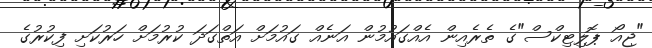
"ޖިއޯ ޕޮލިޓިކްސް"ގެ ތެރެއިން އެއްގައުމުން އަނެއް ގައުމަށް އަތްގަދަ ކުރުމަށް ހަރުކަށި ފިކުރުގެ